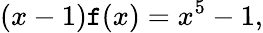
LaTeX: (x-1)\mathtt{f}(x)=x^{5}-1,